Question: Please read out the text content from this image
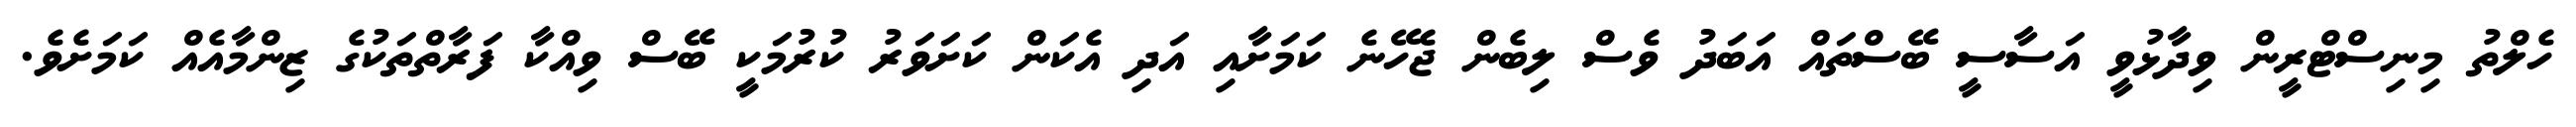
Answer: ހެލްތު މިނިސްޓްރީން ވިދާޅުވީ އަސާސީ ބޭސްތައް އަބަދު ވެސް ލިބެން ޖެހޭނެ ކަމަށާއި އަދި އެކަން ކަށަވަރު ކުރުމަކީ ބޭސް ވިއްކާ ފަރާތްތަކުގެ ޒިންމާއެއް ކަމަށެވެ.